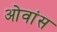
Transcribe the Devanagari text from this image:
ओवांस